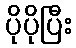
ပိုပိုပြီး